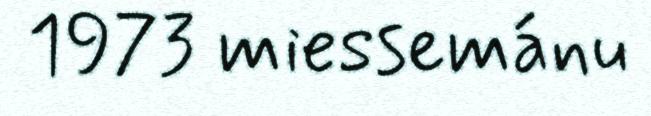
1973 miessemánu